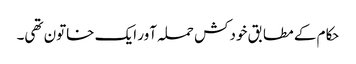
حکام کے مطابق خودکش حملہ آور ایک خاتون تھی۔